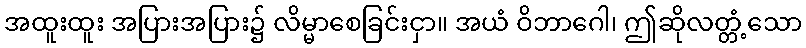
အထူးထူး အပြားအပြား၌ လိမ္မာစေခြင်းငှာ။ အယံ ဝိဘာဂေါ၊ ဤဆိုလတ္တံ့သော